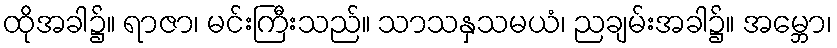
ထိုအခါ၌။ ရာဇာ၊ မင်းကြီးသည်။ သာသနှသမယံ၊ ညချမ်းအခါ၌။ အမ္ဘော၊